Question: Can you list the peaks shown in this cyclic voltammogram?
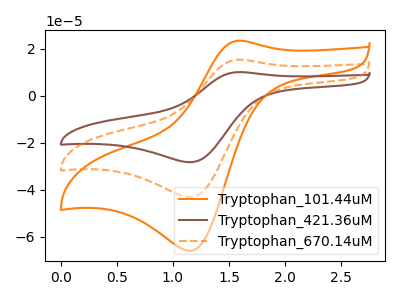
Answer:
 <answer>The orange curve "Tryptophan_101.44uM" has an anodic peak at (1.60V, 23.45uA) and a cathodic peak at (1.15V, -66.05uA). The brown curve "Tryptophan_421.36uM" has an anodic peak at (1.60V, 30.70uA) and a cathodic peak at (1.15V, -86.50uA). The orange dashed curve "Tryptophan_670.14uM" has an anodic peak at (1.60V, 15.35uA) and a cathodic peak at (1.15V, -43.25uA).</answer>
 <eval></eval>